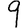
Digit: 9